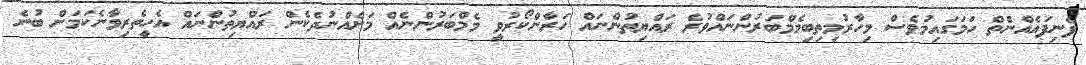
ފެނިފައެއްނެތް ހަމަގައިމުވެސް މިހާރުމިތިބިމެމްބަރުންނައްވުރެ ރައްޔިތުންނައް ހަރާންކޯރުވީ މެމްބަރުންނެއް މަށެއްނުދެކެން ރައްޔިތުންނައް އެހީތެރިވާނެކަމަށް ބުނެ